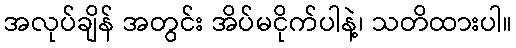
အလုပ်ချိန် အတွင်း အိပ်မငိုက်ပါနဲ့၊ သတိထားပါ။